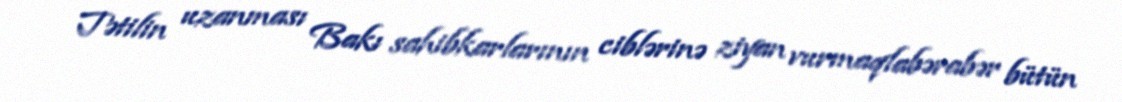
Tətilin uzanması Bakı sahibkarlarının ciblərinə ziyan vurmaqlabərabər bütün